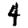
Digit: 4